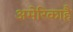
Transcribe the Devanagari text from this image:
अमेरिकाहै